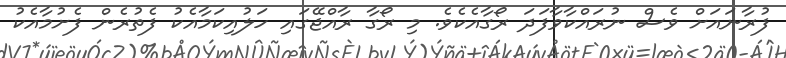
ފުރާނައަށް ވެސް ނުރައްކާވާފަދަ ރޯގާއެކެވެ. މި ރޯގާ ރާއްޖޭގައި ހަލުއިކަމާއެކު ފެތުރެން ފެށުމާއެކު